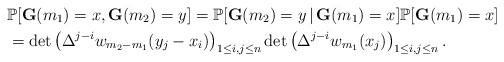
\begin{align*}&\mathbb{P}[\mathbf{G}(m_1)=x,\mathbf{G}(m_2)=y]=\mathbb{P}[\mathbf{G}(m_2)=y\,|\,\mathbf{G}(m_1)=x]\mathbb{P}[\mathbf{G}(m_1)=x]\\&=\det \left(\Delta^{j-i} w_{m_2-m_1}(y_j-x_i)\right)_{1\le i,j\le n}\det\left(\Delta^{j-i} w_{m_1}(x_j)\right)_{1\le i,j\le n}.\end{align*}